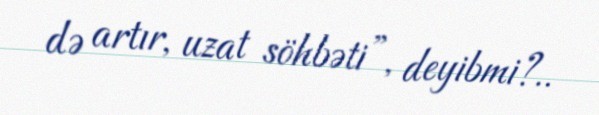
də artır, uzat söhbəti”, deyibmi?..